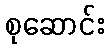
စုဆောင်း